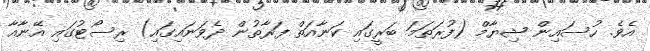
އެވެ. ހުސައިން ޝިޔާމް (ފުރަތަމަ ބަރީގައި ކަނާއަތް ފަރާތުން ދެވަނައިގައި) ރިސޯޓުގައި އޭނާއާ